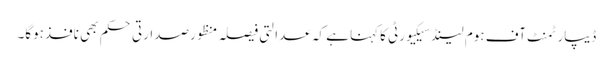
ڈیپارٹمنٹ آف ہوم لینڈسیکیورٹی کاکہنا ہے کہ عدالتی فیصلہ منظورصدارتی حکم بھی نافذہوگا۔